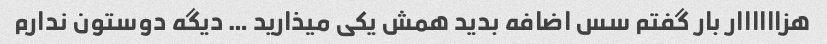
هزاااااار بار گفتم سس اضافه بدید همش یکی میذارید … دیگه دوستون ندارم